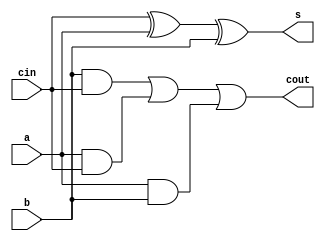
module full_adder(a, b, cin, s, cout); // function to check full adder 
  
  // a and b are the bits to add
  
  input wire a, b, cin;
  
  // s is the sum of a and b. cout is any carry out bit
  // wires since just using assign here
  output wire s, cout;

  // logic for sum and carry
  assign s = cin ^ a ^ b;
  assign cout = (b & cin) | (a & cin) | (a & b); 
  
endmodule